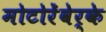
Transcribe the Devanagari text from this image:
मोटोरेंवेर्के